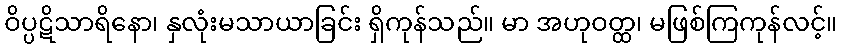
ဝိပ္ပဋိသာရိနော၊ နှလုံးမသာယာခြင်း ရှိကုန်သည်။ မာ အဟုဝတ္ထ၊ မဖြစ်ကြကုန်လင့်။